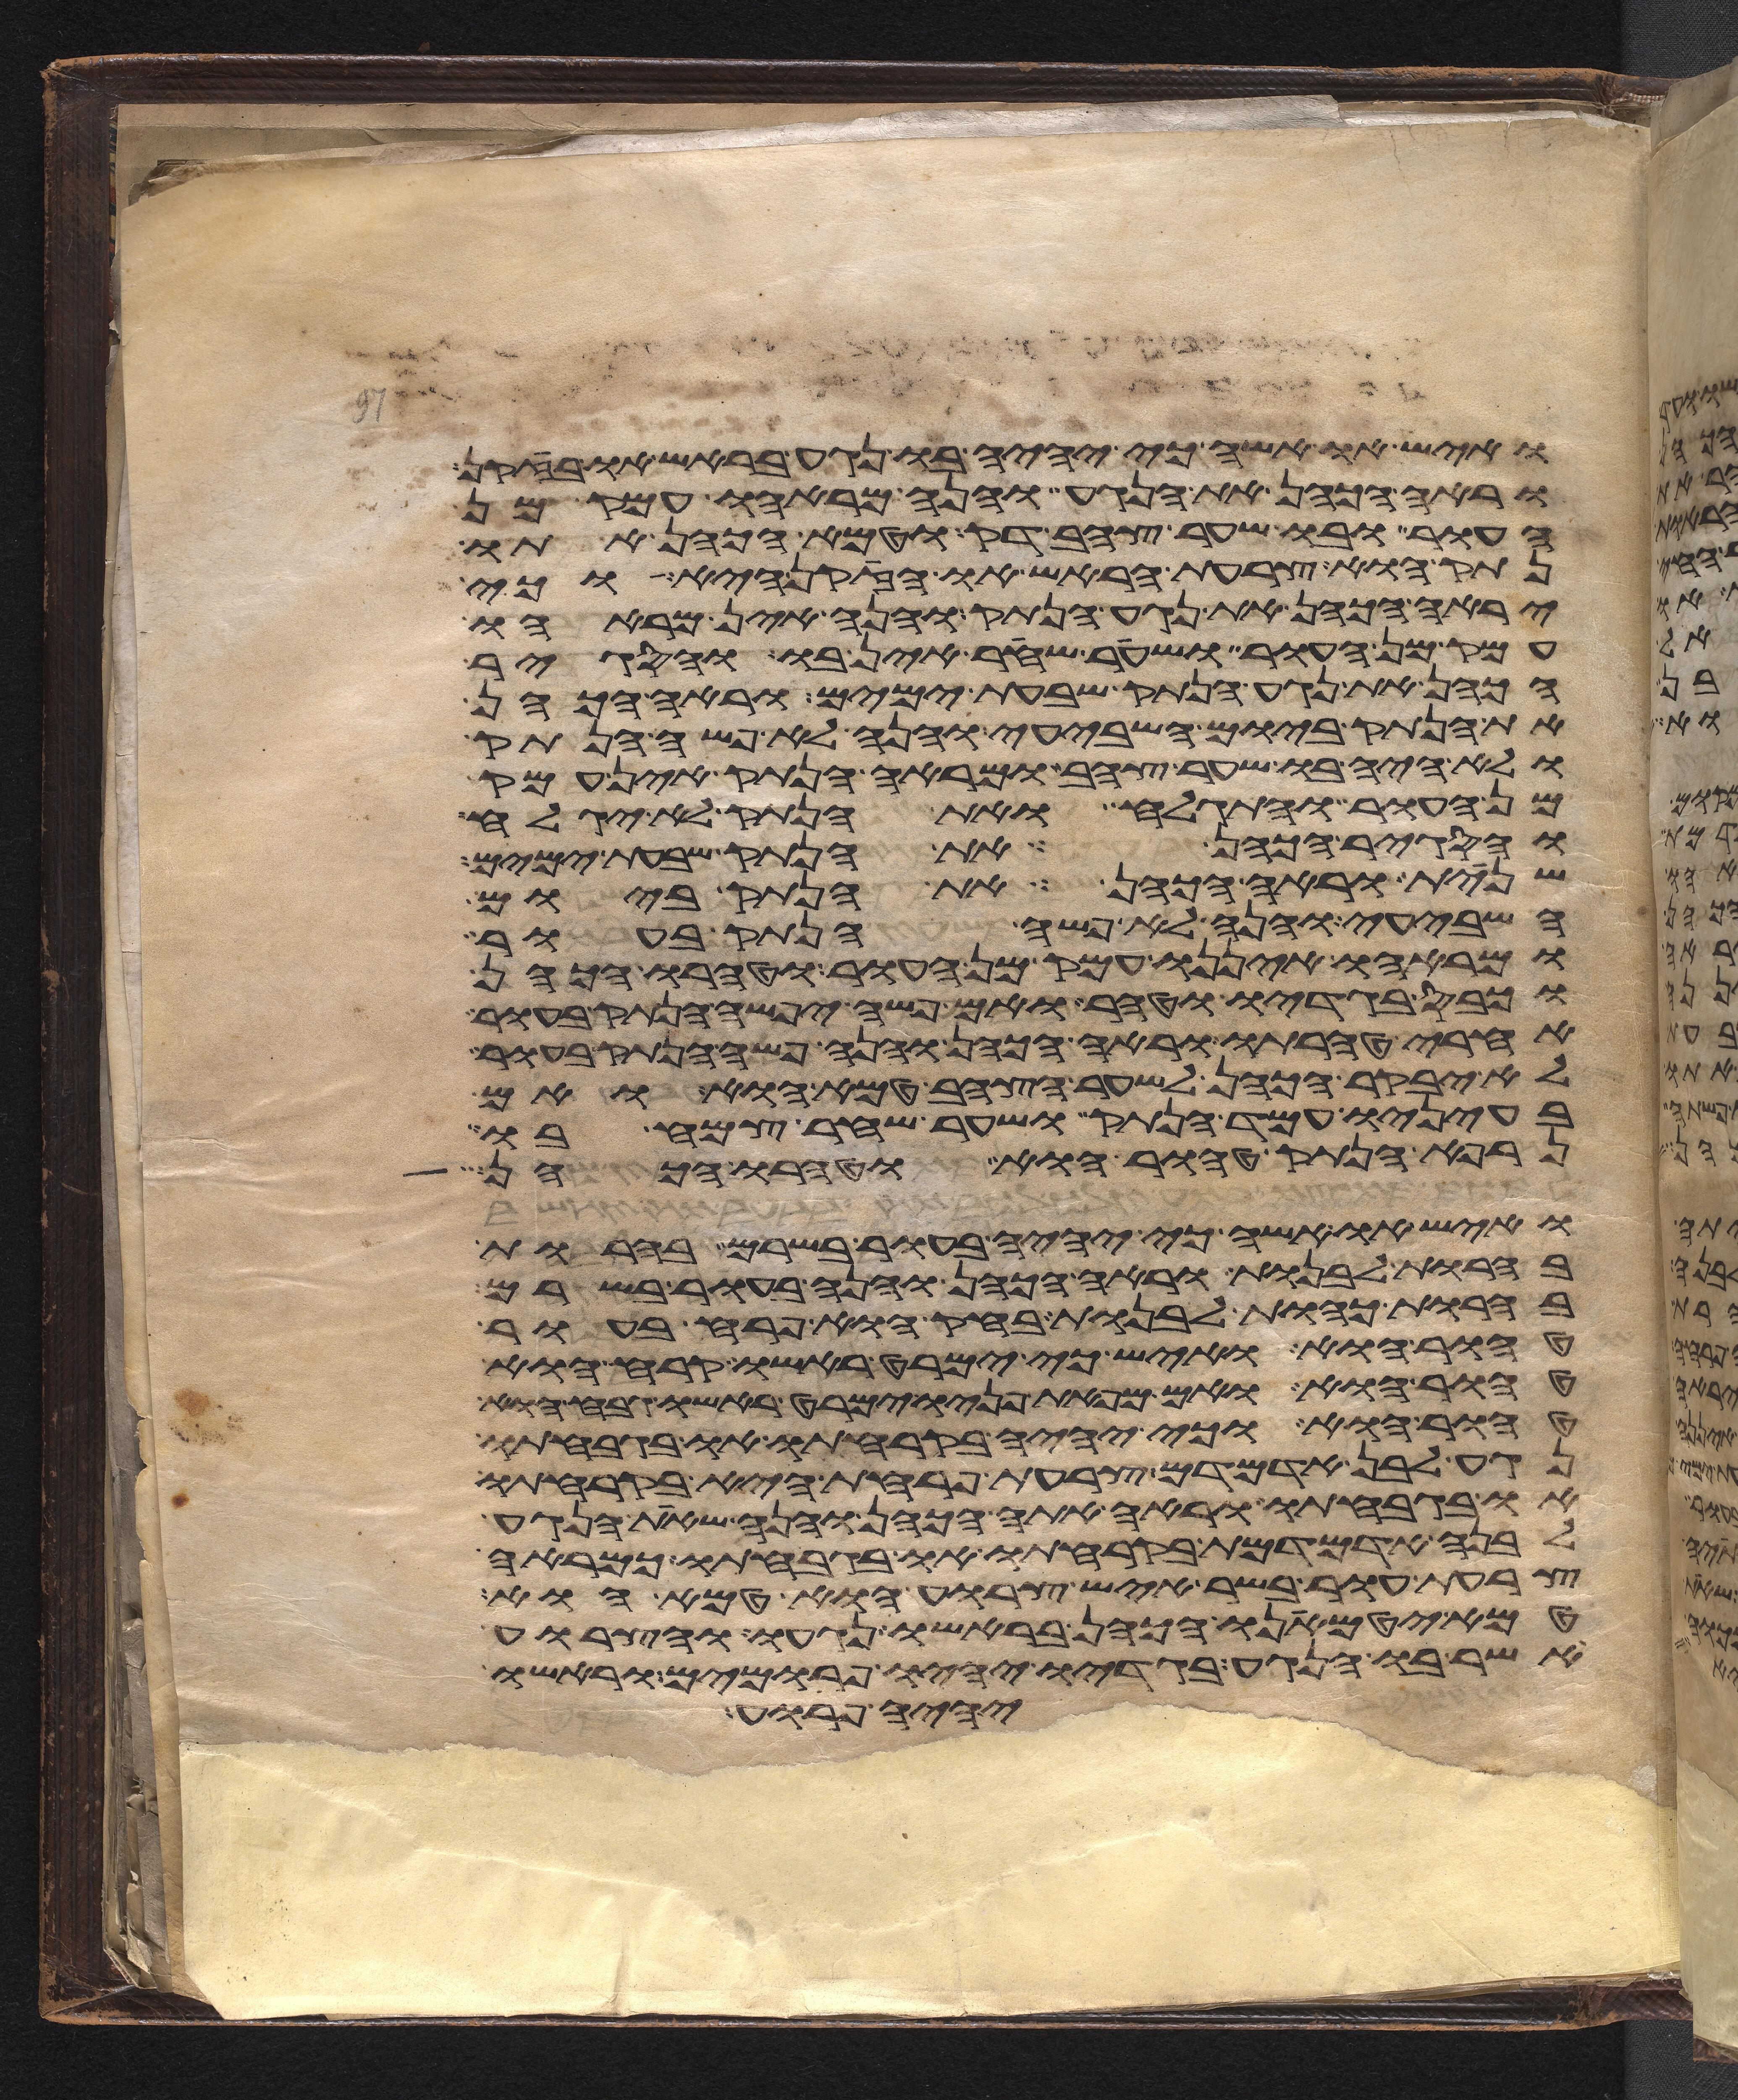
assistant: ואיש או אשה כי יהיה בו נגע בראש או בזקן
וראה הכהן את הנגע והנה מראהו עמק מן
העור ובו שער צהב דק וטמא הכהן אתו
נתק הוא צרעת הראש או הזקן היא או כי
יראה הכהן את נגע הנתק והנה אין מראהו
עמק מן העור ושער שחר אין בו והסגיר
הכהן את נגע הנתק שבעת ימים וראה הכהן
את הנתק ביום השביעי והנה לא פשה הנתק
ולא היה בו שער צהב ומראה הנתק אין עמק
מן העור והתגלח ואת הנתק לא יגלח
והסגיר הכהן את הנתק שבעת ימים
שנית וראה הכהן את הנתק ביום
השביעי והנה לא פשה הנתק בעור
ומראהו איננו עמק מן העור וטהרו הכהן
וכבס בגדיו וטהר ואם פשה יפשה הנתק בעור
אחרי טהרתו וראה הכהן והנה פשה הנתק בעור
לא יבקר הכהן לשער הצהב טמא הוא ואם
בעיניו עמד הנתק ושער שחר צמח בו
נרפא הנתק טהור הוא וטהרו הכהן
ואיש או אשה כי יהיה בעור בשרם בהרות
בהרות לבנות וראה הכהן והנה בעור בשרם
בהרות כהות לבנות בחק הוא פרח בעור
טהור הוא ואיש כי ימרט ראשו קרח הוא
טהור הוא ואם מפאת פניו ימרט ראשו גבח הוא
טהור הוא או כי יהיה בקרחתו או בגבחתו
נגע לבן אדמדם צרעת פרחת היא בקרחתו
או בגבחתו וראה אתה הכהן והנה שאת הנגע
לבנה אדמדמת בקרחתו או בגבחתו כמראה
צרעת עור בשר איש צרוע הוא טמא הוא
טמא יטמאנו הכהן בראשו נגעו והצרוע
אשר בו הנגע בגדיו יהיו פרומים וראשו
יהיה פרוע